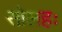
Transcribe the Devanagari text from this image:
सोलहः